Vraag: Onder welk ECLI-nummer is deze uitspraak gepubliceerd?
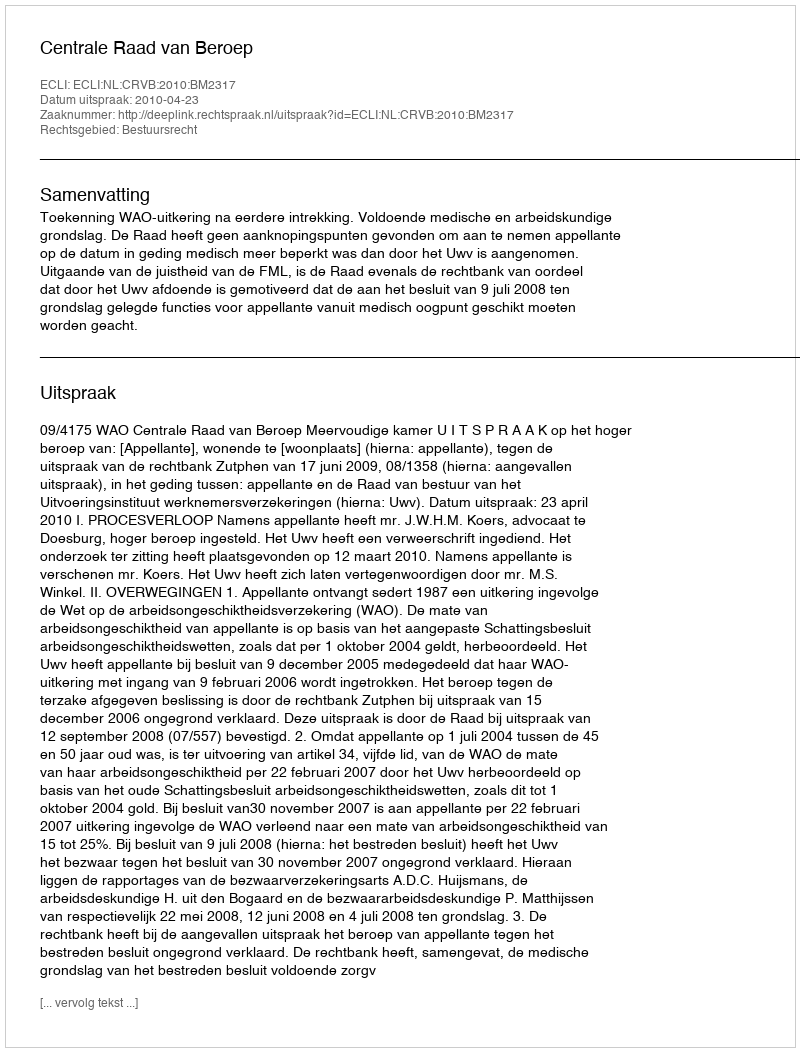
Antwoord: ECLI:NL:CRVB:2010:BM2317